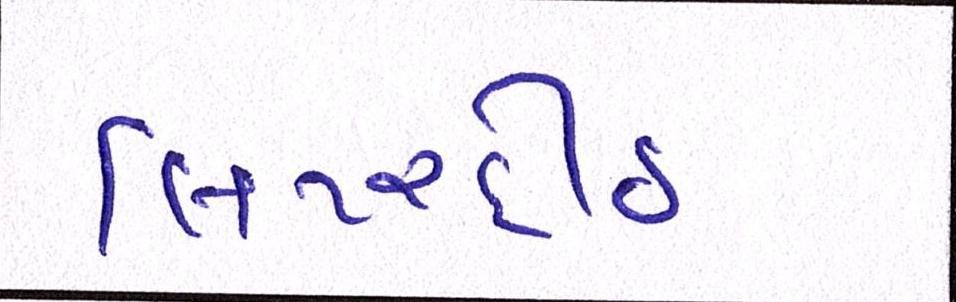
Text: લિટરદીઠ